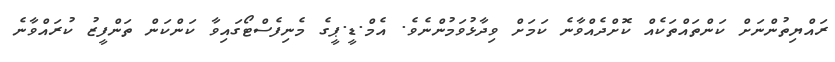
ރައްޔިތުންނަށް ކަންތައްތަކެއް ކޮށްދެއްވާނެ ކަމަށް ވިދާޅުވަމުންނެވެ. އެމް.ޑީ.ޕީގެ މެނިފެސްޓޯގައިވާ ކަންކަން ތަންފީޒު ކުރައްވާނެ